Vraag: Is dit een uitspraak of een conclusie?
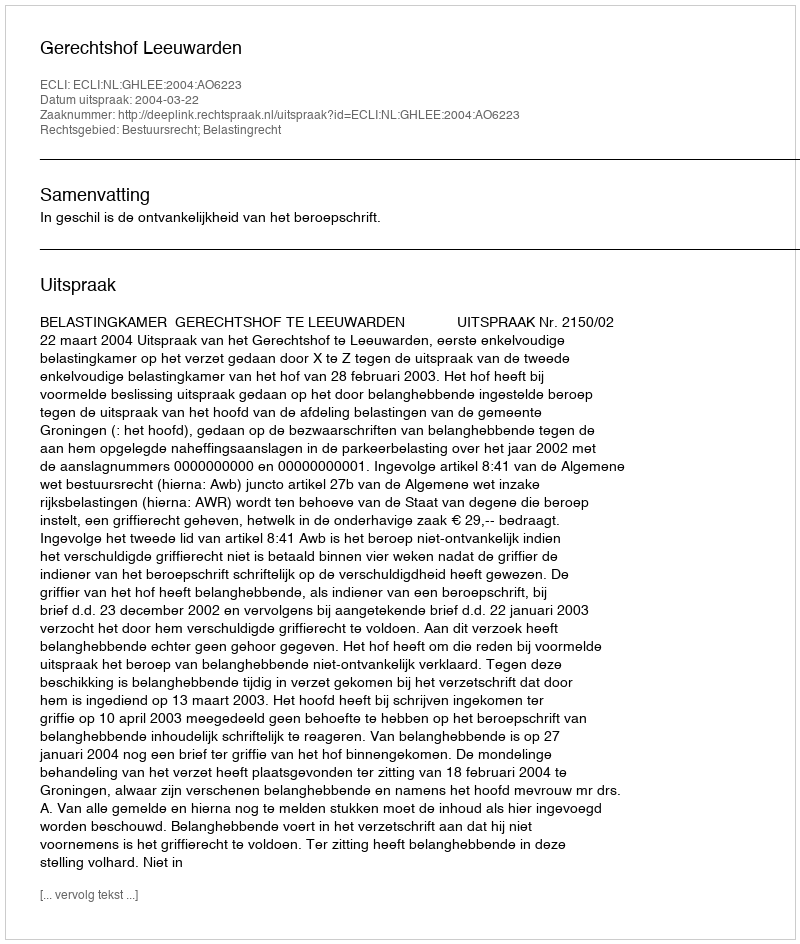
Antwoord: Uitspraak